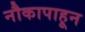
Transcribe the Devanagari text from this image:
नौकापाहून